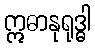
ဣဓာနုရုဒ္ဓါ